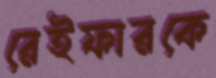
রেইফারকে